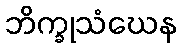
ဘိက္ခုသံဃေန